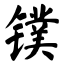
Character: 镤